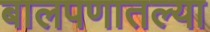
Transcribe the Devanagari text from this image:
बालपणातल्या